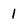
Character: 1